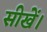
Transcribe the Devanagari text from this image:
सीखें।